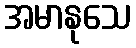
အမာနုသေ